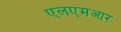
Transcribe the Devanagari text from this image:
एलएमआर